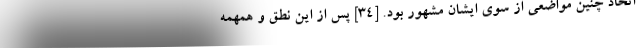
اتخاذ چنین مواضعی از سوی ایشان مشهور بود. [۳۴] پس از این نطق و همهمه